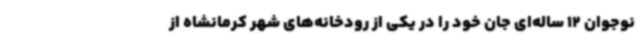
نوجوان 12 ساله‌ای جان خود را در یکی از رودخانه‌های شهر کرمانشاه از